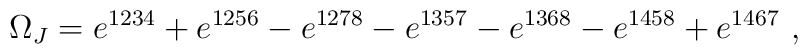
\Omega_J = e^{1234} + e^{1256} - e^{1278} - e^{1357} - e^{1368} -e^{1458} + e^{1467}~,